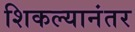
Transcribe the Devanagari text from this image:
शिकल्यानंतर